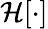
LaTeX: \mathcal{H}[\cdot]